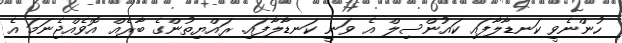
ހުންނެވީ ކަނޑާލާފައި ކައުންސިލް އެ ވަނީ ކަނޑާލާފައި. ރައްޔިތުންގެ ބާރެއް އޮވެއްޖެނަމަ އެ